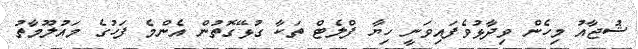
ޝުޖާއު މިހެން ވިދާޅުވެފައިވަނީ ހިޔާ ފްލެޓް ތަކާ ގުޅޭގޮތުން އެންމެ ފަހުގެ މައުލޫމާތު